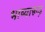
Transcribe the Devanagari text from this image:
भाष्यारूढ़